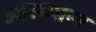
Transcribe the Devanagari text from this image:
आसमान्य